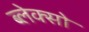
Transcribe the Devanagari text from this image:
ब्लेक्सो